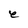
Character: e